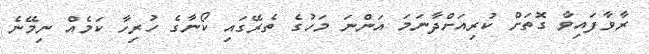
ރާވާފައިވާ ގޮތަށް ކުރިއަށްދާނަމަ އަންނަ މަހުގެ ތެރޭގައި ކޯނާގެ ހުރިހާ ކަމެއް ނިމޭނެ